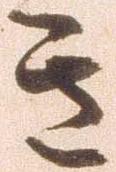
き